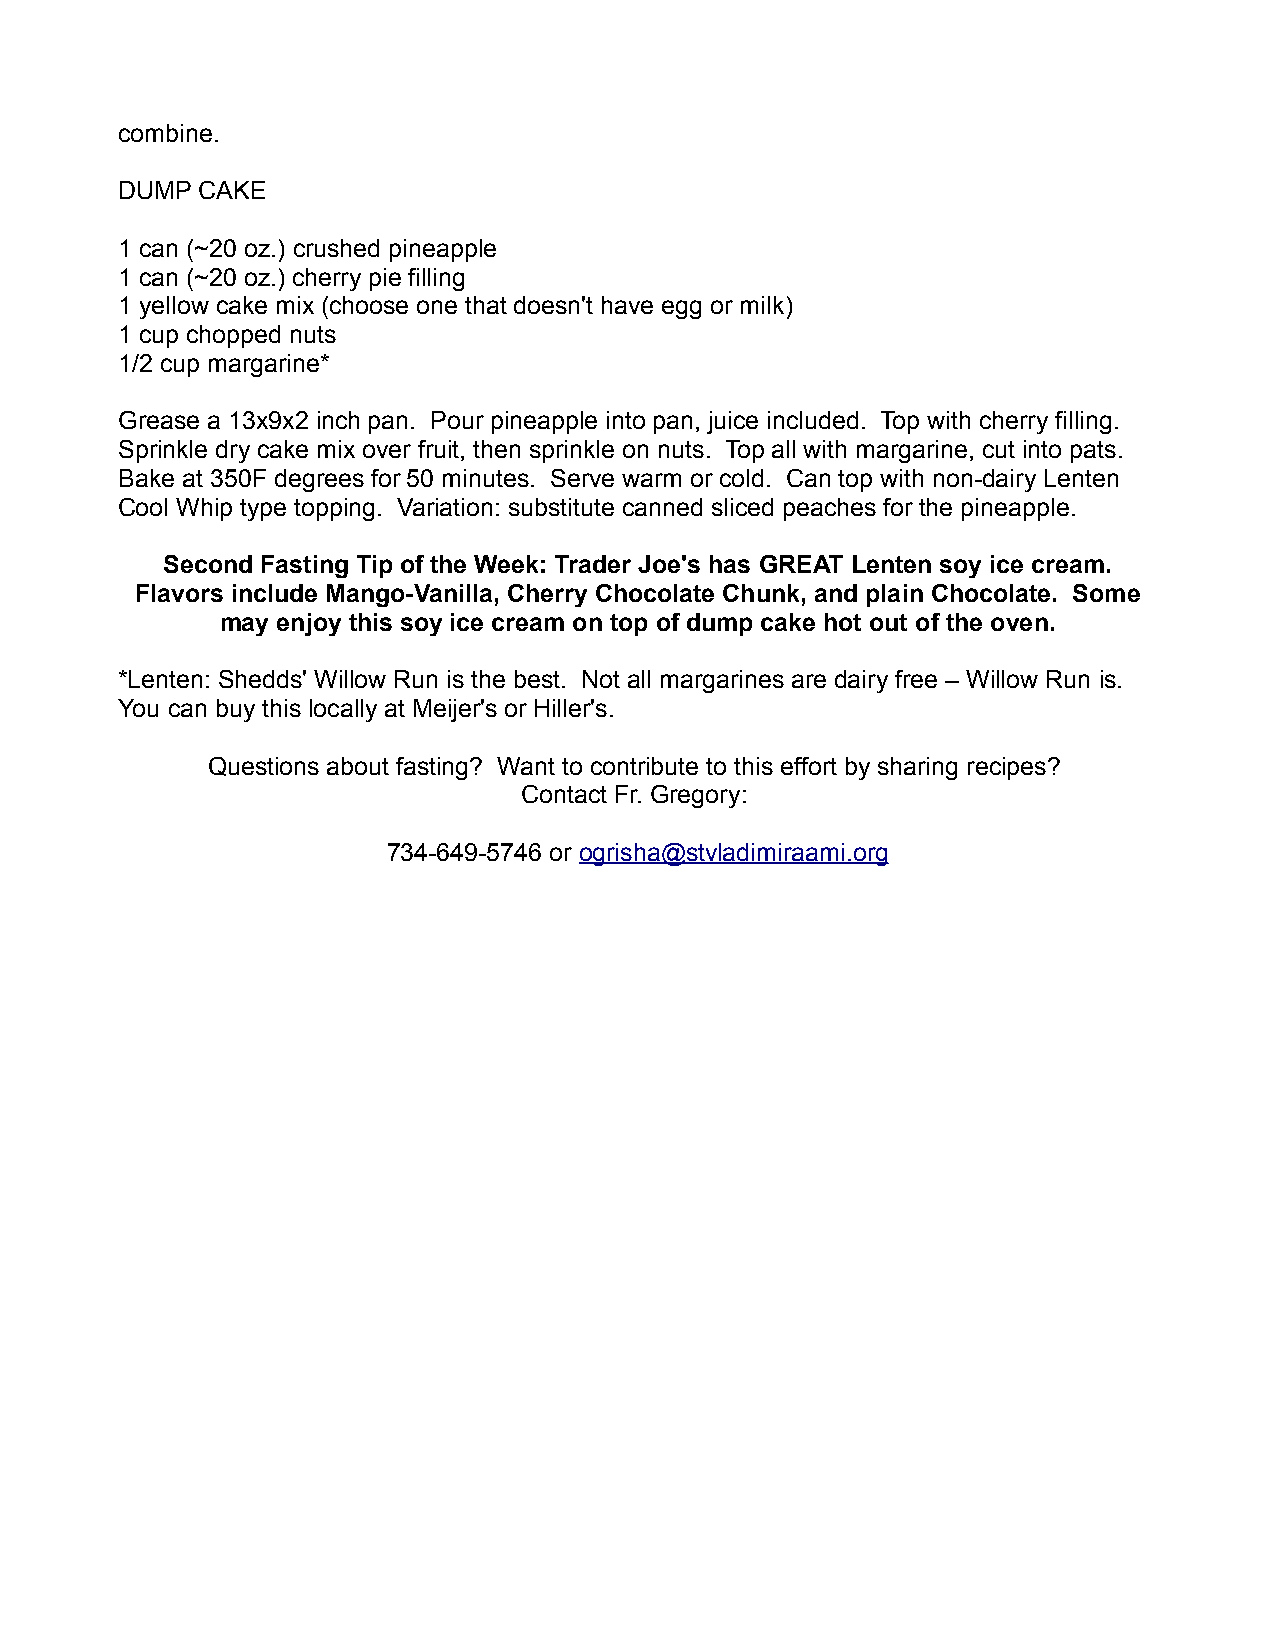
combine.
 DUMP CAKE
 1 can (~20 oz.) crushed pineapple
 1 can (~20 oz.) cherry pie filling
 1 yellow cake mix (choose one that doesn't have egg or milk)
 1 cup chopped nuts
 1/2 cup margarine*
 Grease a 13x9x2 inch pan. Pour pineapple into pan, juice included. Top with cherry filling.
 Sprinkle dry cake mix over fruit, then sprinkle on nuts. Top all with margarine, cut into pats.
 Bake at 350F degrees for 50 minutes. Serve warm or cold. Can top with non-dairy Lenten
 Cool Whip type topping. Variation: substitute canned sliced peaches for the pineapple.
 Second Fasting Tip of the Week: Trader Joe's has GREAT Lenten soy ice cream.
 Flavors include Mango-Vanilla, Cherry Chocolate Chunk, and plain Chocolate. Some
 may enjoy this soy ice cream on top of dump cake hot out of the oven.
 *Lenten: Shedds' Willow Run is the best. Not all margarines are dairy free – Willow Run is.
 You can buy this locally at Meijer's or Hiller's.
 Questions about fasting? Want to contribute to this effort by sharing recipes?
 Contact Fr. Gregory:
 734-649-5746 or ogrisha@stvladimiraami.org